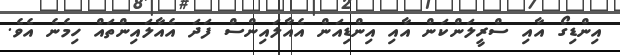
އިންޑިގޯ އާއި ސްރީލަންކަން އާއި އިންޑިއަން އެއާލައިންސް ފަދަ އެއާލައިންތައް ހިމެނެ އެވެ.